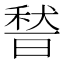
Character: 𱶔